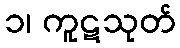
၁၊ ကူဋသုတ်